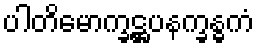
ပါတိမောက္ခဋ္ဌပနက္ခန္ဓကံ